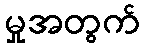
မှုအတွက်